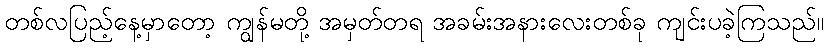
တစ်လပြည့်နေ့မှာတော့ ကျွန်မတို့ အမှတ်တရ အခမ်းအနားလေးတစ်ခု ကျင်းပခဲ့ကြသည်။